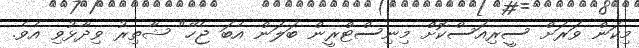
މިކަން ވަރަށް ސީރިއަސްކޮށް މިނިސްޓްރީން ބަލަން އެބަ ޖެހޭ" ޝާތިރު ވިދާޅުވި އެވެ.